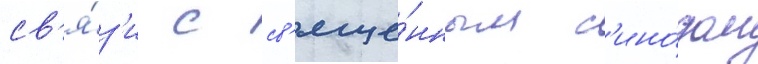
св'я́з'и с св'яще́нным с'ино́дом